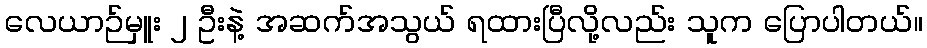
လေယာဉ်မှူး ၂ ဦးနဲ့ အဆက်အသွယ် ရထားပြီလို့လည်း သူက ပြောပါတယ်။